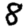
Digit: 8